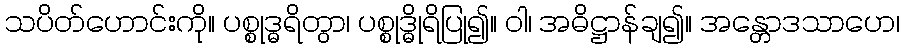
သပိတ်ဟောင်းကို။ ပစ္စုဒ္ဓရိတွာ၊ ပစ္စုဒ္ဓိုရိပြု၍။ ဝါ၊ အဓိဋ္ဌာန်ချ၍။ အန္တောဒသာဟေ၊